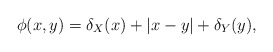
\begin{align*}\phi(x,y) = \delta_X(x) + |x-y| + \delta_Y(y),\end{align*}